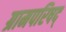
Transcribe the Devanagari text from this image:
ग्रामपरिषद्